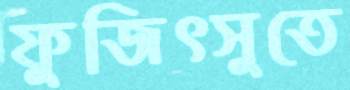
ফুজিৎসুতে